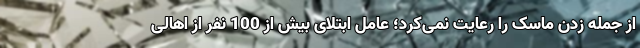
از جمله زدن ماسک را رعایت نمی‌کرد؛ عامل ابتلای بیش از 100 نفر از اهالی